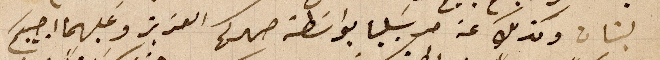
لبنان وكذلك عن مرسيليا بواسطة صهركم العزيز وعليهما اجيبكم